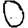
Digit: 0